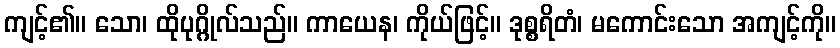
ကျင့်၏။ သော၊ ထိုပုဂ္ဂိုလ်သည်။ ကာယေန၊ ကိုယ်ဖြင့်။ ဒုစ္စရိတံ၊ မကောင်းသော အကျင့်ကို။